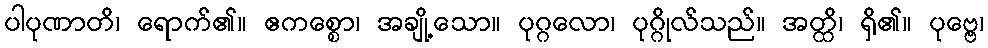
ပါပုဏာတိ၊ ရောက်၏။ ဧကစ္စော၊ အချို့သော။ ပုဂ္ဂလော၊ ပုဂ္ဂိုလ်သည်။ အတ္ထိ၊ ရှိ၏။ ပုဗ္ဗေ၊